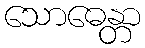
သောဓေန္တာ